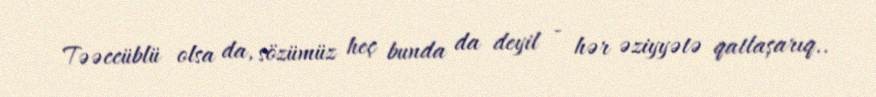
Təəccüblü olsa da, sözümüz heç bunda da deyil - hər əziyyətə qatlaşarıq..